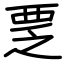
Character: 覂